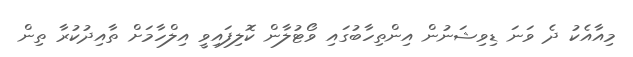
މިއާއެކު ދެ ވަނަ ޑިވިޝަނުން އިންތިހާބުގައި ވޯޓުލާން ކޮލިފައިވީ އިލްހާމަށް ތާއިދުކުރާ ތިން